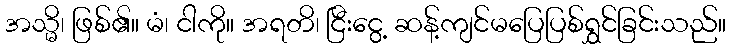
အသ္မိ၊ ဖြစ်၏။ မံ၊ ငါကို။ အရတိ၊ ငြီးငွေ့ ဆန့်ကျင်မပြေပြစ်ရွှင်ခြင်းသည်။